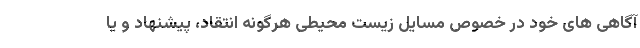
آگاهی های خود در خصوص مسایل زیست محیطی هرگونه انتقاد، پیشنهاد و یا